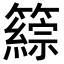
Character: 𥵹